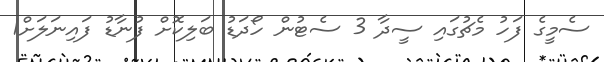
ސެމީގެ ފަހު މެޗުގައި ސީދާ 3 ސެޓުން ހޯދަޑު ބަލިކޮށް ފުނާޑު ފައިނަލަށް1